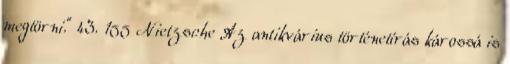
megtörni.” 43. 155 Nietzsche Az antikvárius történetírás károssá is